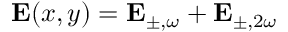
\mathbf { E } ( x , y ) = \mathbf { E } _ { \pm , \omega } + \mathbf { E } _ { \pm , 2 \omega }